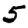
Digit: 5